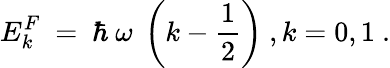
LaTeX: E_{k}^{F}~=~\hbar~\omega~\left(k-{\frac{1}{2}}\right)~,k=0,1~.